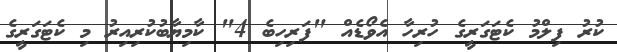
ކުރު ފިލްމު ކެޓަގަރީގެ ހުރިހާ އެވޯޑެއް "ފަރިހިބެ 4" ކާމިޔާބުކުރިއިރު މި ކެޓަގަރީގެ